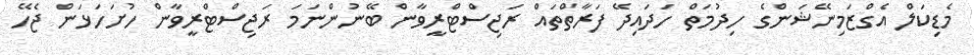
މެޑިކަލް އެގްޒަމިނޭޝަންގެ ހިދުމަތް ހަދައިދޭ ފަރާތްތައް ރަޖިސްޓްރީވާން ބޭނުންނަމަ ރަޖިސްޓްރީވާން ހުށަހަޅަން ޖެހޭ